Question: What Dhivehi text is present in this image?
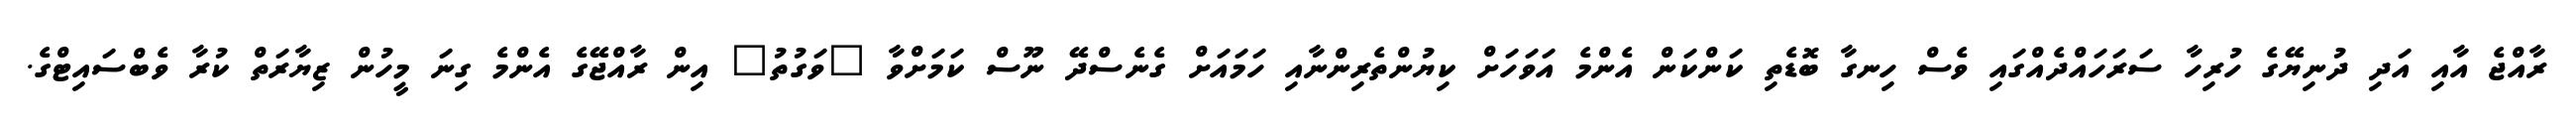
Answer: ރާއްޖެ އާއި އަދި ދުނިޔޭގެ ހުރިހާ ސަރަހައްދެއްގައި ވެސް ހިނގާ ބޮޑެތި ކަންކަން އެންމެ އަވަހަށް ކިޔުންތެރިންނާއި ހަމައަށް ގެނެސްދޭ ނޫސް ކަމަށްވާ "ވަގުތު" އިން ރާއްޖޭގެ އެންމެ ގިނަ މީހުން ޒިޔާރަތް ކުރާ ވެބްސައިޓްގެ.